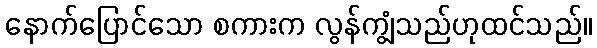
နောက်ပြောင်သော စကားက လွန်ကျွံသည်ဟုထင်သည်။